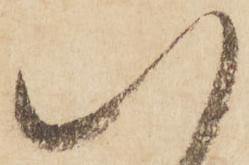
八